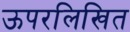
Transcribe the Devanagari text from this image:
ऊपरलिखित